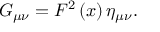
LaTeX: G _ { \mu \nu } = F ^ { 2 } \left( x \right) \eta _ { \mu \nu } .